Report on the administration of the Government Cinchona Department 1892-98
Year: 1892
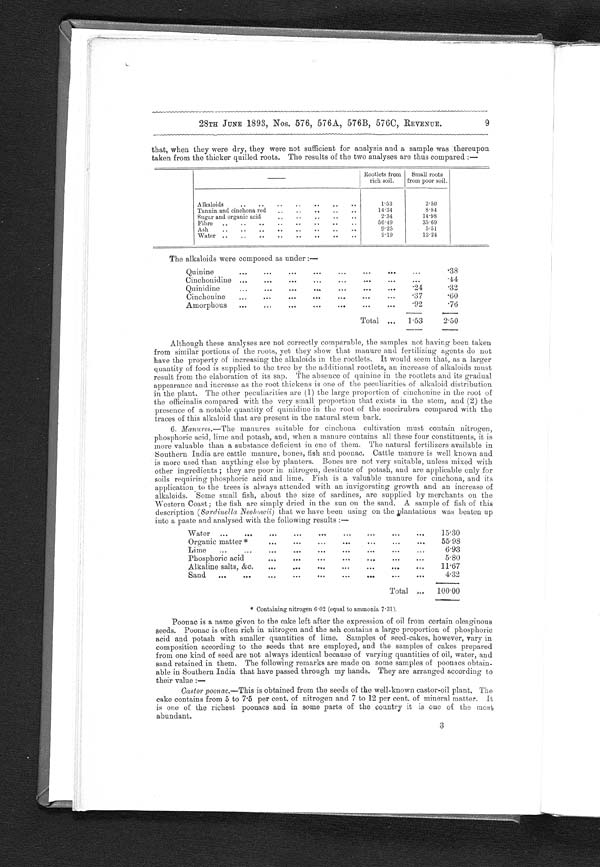
28TH JUNE 1893, Nos. 576, 576A, 576B, 576C, REVENUE.
that, when they were dry, they were not sufficient for analysis and a sample was thereupon
taken from the thicker quilled roots. The results of the two analyses are thus compared:—
Rootlets from
rich soil.
Small roots
from poor soil.
Alkaloids . . .
1.53
2.50
Tannin and cinchona red . . .
14.34
8.84
Sugar and organic acid . . .
2.34
14.98
Fibre
.
.
.
56.49
35.69
Ash
.
.
.
9.25
5.51
Water
.
.
.
9.19
13.24
The alkaloids were composed as under:—
Q uinine
. . .
.38
Cinchonidine . . .
.44
Quinidine
. . .
.24
.32
Cinchonine
. . .
.37
.60
Amorphous
. . .
.92
.76
Total . . .
1.53
2.50
Although these analyses are not correctly comparable, the samples not having been taken
from similar portions of the roots, yet they show that manure and fertilizing agents do not
have the property of increasing the alkaloids in the rootlets. It would seem that, as a larger
quantity of food is supplied to the tree by the additional rootlets, an increase of alkaloids must
result from the elaboration of its sap. The absence of quinine in the rootlets and its gradual
appearance and increase as the root thickens is one of the peculiarities of alkaloid distribution
in the plant. The other peculiarities are (1) the large proportion of cinchonine in the root of
the officinalis compared with the very small proportion that exists in the stem, and (2) the
presence of a notable quantity of quinidine in the root of the succirubra compared with the
traces of this alkaloid that are present in the natural stem bark.
6. Manures.—The manures suitable for cinchona cultivation must contain nitrogen,
phosphoric acid, lime and potash, and, when a manure contains all these four constituents, it is
more valuable than a substance deficient in one of them. The natural fertilizers available in
Southern India are cattle manure, bones, fish and poonac. Cattle manure is well known and
is more used than anything else by planters. Bones are not very suitable, unless mixed with
other ingredients; they are poor in nitrogen, destitute of potash, and are applicable only for
soils requiring phosphoric acid and lime. Fish is a valuable manure for cinchona, and its
application to the trees is always attended with an invigorating growth and an increase of
alkaloids. Some small fish, about the size of sardines, are supplied by merchants on the
Western Coast; the fish are simply dried in the sun on the sand. A sample of fish of this
description ( Sardinella Neohowii) that we have been using on the plantations was beaten up
into a paste and analysed with the following results:—
W ater
.
.
.
15.30
Organic matter * . . .
55.98
Lime
.
.
.
6.93
Phosphoric acid . . .
5.80
Alkaline salts, &c. . . .
11.67
Sand
.
.
.
4.32
Total . . .
100.00
* Containing nitrogen 6.02 (equal to ammonia 7.31).
Poonac is a name given to the cake left after the expression of oil from certain oleaginous
seeds. Poonac is often rich in nitrogen and the ash contains a large proportion of phosphoric
acid and potash with smaller quantities of lime. Samples of seed-cakes, however, vary in
composition according to the seeds that are employed, and the samples of cakes prepared
from one kind of seed are not always identical because of varying quantities of oil, water, and
sand retained in them. The following remarks are made on some samples of poonacs obtain-
able in Southern India that have passed through my hands. They are arranged according to
their value
: —
Castor poonac.—This is obtained from the seeds of the well-known castor-oil plant, The
cake contains from 5 to 7.5 per cent. of nitrogen and 7 to 12 per cent. of mineral matter. It
is one of the richest poonacs and in some parts of the country it is one of the most
a b u n d a n t .
3
9